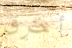
أخرق